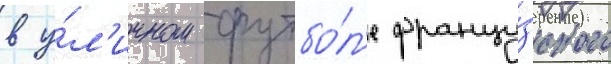
в у́л'ичном футбо́л'е францу́зского